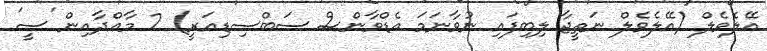
އޭލެވެލް (އޭލެވެލް ނަތީޖާ ލިބިފައި ނުވާނަމަ އެޑްވާންސް ސަބްސިޑިއަރީ) 2 މާއްދާއިން 'ސީ'